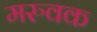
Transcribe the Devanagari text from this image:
मरुवक